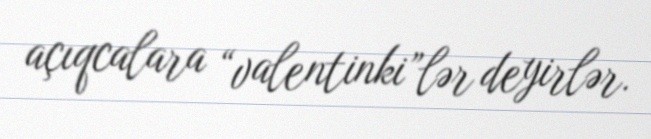
açıqcalara “valentinki”lər deyirlər.